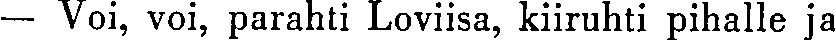
— Voi, voi, parahti Loviisa, kiiruhti pihalle ja